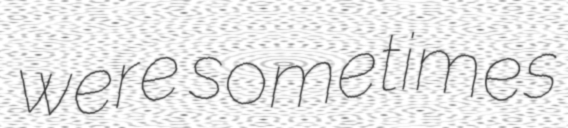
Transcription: were sometimes